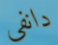
دانفي